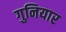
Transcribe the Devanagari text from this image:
गुनियार